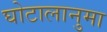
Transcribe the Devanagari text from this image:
घोटालानुमा